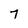
Character: 7